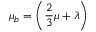
\mu _ { b } = \displaystyle \left( \frac { 2 } { 3 } \mu + \lambda \right)